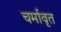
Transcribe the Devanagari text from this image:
चर्मावृत